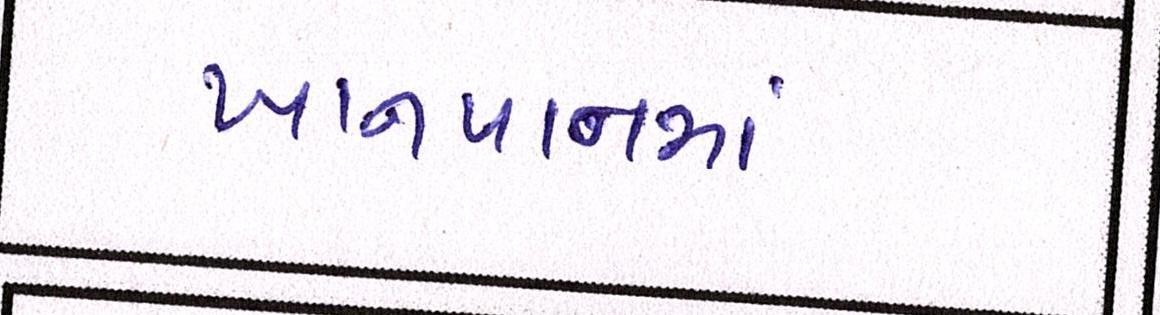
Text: ખાનપાનમાં